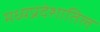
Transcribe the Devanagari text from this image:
मध्यप्रदेशातिल